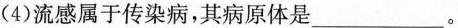
(4)流感属于传染病，其病原体是___。